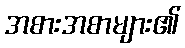
အစားအစာများ၏